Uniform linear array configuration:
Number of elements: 48
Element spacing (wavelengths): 0.75
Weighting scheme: binomial
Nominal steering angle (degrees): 60
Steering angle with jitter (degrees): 61.469
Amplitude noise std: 0.05
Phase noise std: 0.05

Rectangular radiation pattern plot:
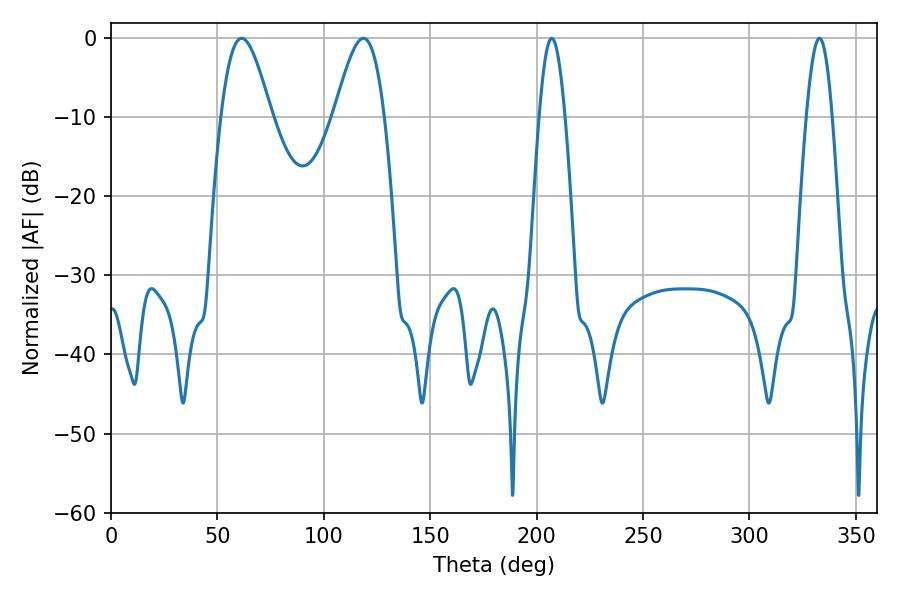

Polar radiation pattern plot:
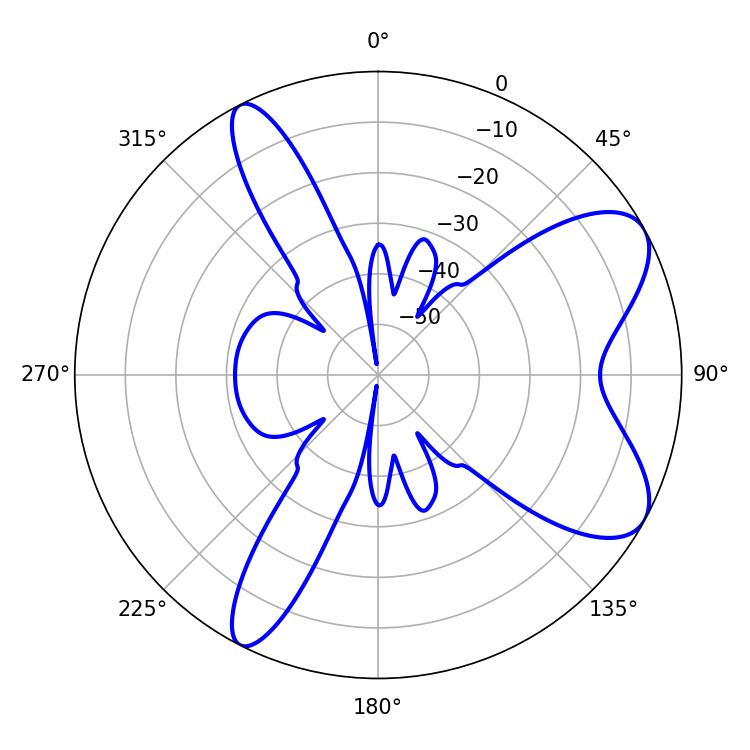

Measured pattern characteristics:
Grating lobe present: TRUE
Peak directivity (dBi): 7.866
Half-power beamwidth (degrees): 12.6
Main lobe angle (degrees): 61.38